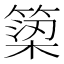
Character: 𥱋